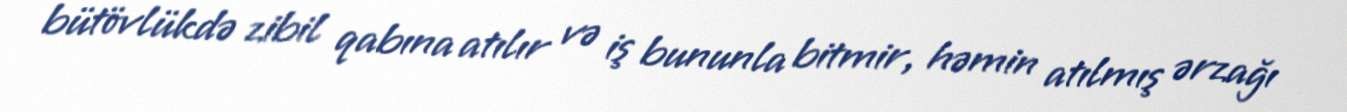
bütövlükdə zibil qabına atılır və iş bununla bitmir, həmin atılmış ərzağı